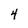
Character: 4